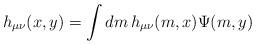
LaTeX: \begin{align*}h_{\mu \nu }(x,y)=\int dm\,h_{\mu \nu }(m,x)\Psi (m,y)\end{align*}